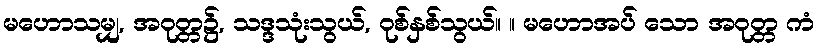
မဟောသမျှ, အဝုတ္တ၌, သဒ္ဒသုံးသွယ်, ဝုစ်နှစ်သွယ်။ ။ မဟောအပ် သော အဝုတ္တ ကံ